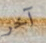
آخر